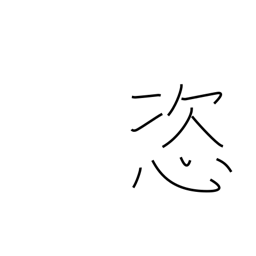
Meaning: arbitrary